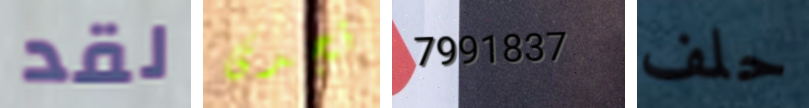
لقد تجدى 7991837 حلف